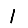
Digit: 1